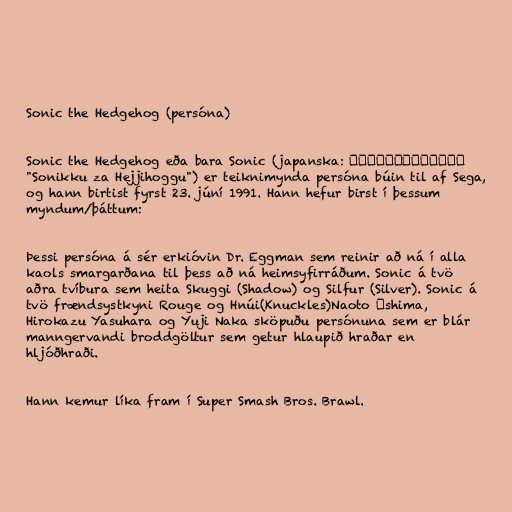
Sonic the Hedgehog (persóna)

Sonic the Hedgehog eða bara Sonic (japanska: ソニック・ザ・ヘッジホッグ
"Sonikku za Hejjihoggu") er teiknimynda persóna búin til af Sega,
og hann birtist fyrst 23. júní 1991. Hann hefur birst í þessum
myndum/þáttum:

Þessi persóna á sér erkióvin Dr. Eggman sem reinir að ná í alla
kaols smargarðana til þess að ná heimsyfirráðum. Sonic á tvö
aðra tvíbura sem heita Skuggi (Shadow) og Silfur (Silver). Sonic á
tvö frændsystkyni Rouge og Hnúi(Knuckles)Naoto Ōshima,
Hirokazu Yasuhara og Yuji Naka sköpuðu persónuna sem er blár
manngervandi broddgöltur sem getur hlaupið hraðar en
hljóðhraði.

Hann kemur líka fram í Super Smash Bros. Brawl.